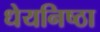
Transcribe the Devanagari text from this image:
धेयनिष्ठा